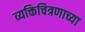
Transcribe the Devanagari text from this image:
व्यक्तिचित्रणाच्या